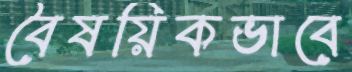
বৈষয়িকভাবে